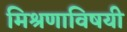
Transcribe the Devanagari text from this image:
मिश्रणाविषयी